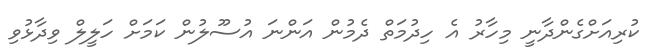
ކުރިއަށްގެންދާނީ މިހާރު އެ ހިދުމަތް ދެމުން އަންނަ އުސޫލުން ކަމަށް ހަލީލް ވިދާޅުވި